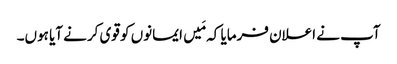
آپ نے اعلان فرمایا کہ مَیں ایمانوں کو قوی کرنے آیا ہوں۔